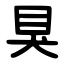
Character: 狊